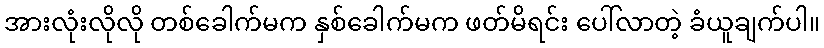
အားလုံးလိုလို တစ်ခေါက်မက နှစ်ခေါက်မက ဖတ်မိရင်း ပေါ်လာတဲ့ ခံယူချက်ပါ။